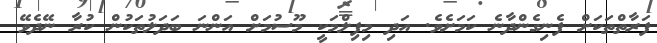
ފަރާތްތަކަށް ފެނިގެންދާނެ ކަމަށެވެ. އަދި މިފިލްމަކީ މޫސުމަށް އަންނަ ބަދަލުތަކުން ކުރާ ނޭދެވޭ